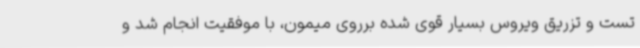
تست و تزریق ویروس بسیار قوی شده برروی میمون، با موفقیت انجام شد و